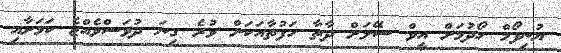
ޔުނިފޯމް ހޯދުމަށް އީވް ސޭލަށް ދާތާ ހަފުތާއަކަށް ވުރެ ގިނަ ދުވަސްވެއްޖެ ކަމަށާއި